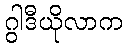
ဂွါဒီယိုလာက